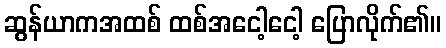
ဆွန်ယာကအထစ် ထစ်အငေါ့ငေါ့ ပြောလိုက်၏။